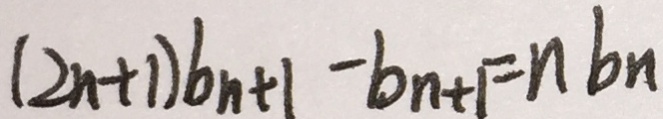
( 2 n + 1 ) b _ { n + 1 } - b _ { n + 1 } = n b _ { n }